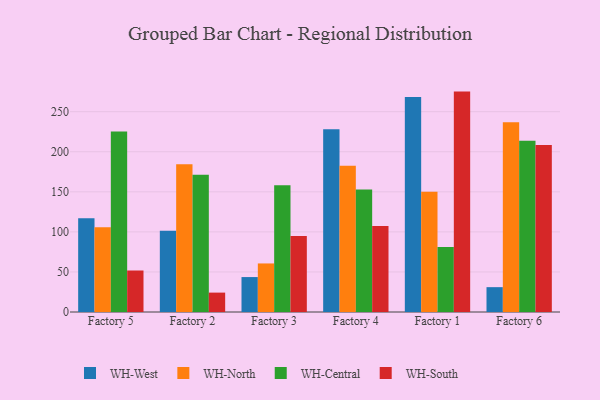
{"axis": {"x": "Factory", "y": "Revenue (USD Million)"}, "legend": ["WH-Central", "WH-North", "WH-South", "WH-West"], "data": [{"x": "Factory 5", "y": 116.9, "type": "WH-West"}, {"x": "Factory 5", "y": 105.7, "type": "WH-North"}, {"x": "Factory 5", "y": 225.4, "type": "WH-Central"}, {"x": "Factory 5", "y": 51.8, "type": "WH-South"}, {"x": "Factory 2", "y": 101.4, "type": "WH-West"}, {"x": "Factory 2", "y": 184.4, "type": "WH-North"}, {"x": "Factory 2", "y": 171.3, "type": "WH-Central"}, {"x": "Factory 2", "y": 24.2, "type": "WH-South"}, {"x": "Factory 3", "y": 43.6, "type": "WH-West"}, {"x": "Factory 3", "y": 60.6, "type": "WH-North"}, {"x": "Factory 3", "y": 158.2, "type": "WH-Central"}, {"x": "Factory 3", "y": 94.8, "type": "WH-South"}, {"x": "Factory 4", "y": 228.2, "type": "WH-West"}, {"x": "Factory 4", "y": 182.4, "type": "WH-North"}, {"x": "Factory 4", "y": 152.8, "type": "WH-Central"}, {"x": "Factory 4", "y": 107.2, "type": "WH-South"}, {"x": "Factory 1", "y": 268.4, "type": "WH-West"}, {"x": "Factory 1", "y": 150.0, "type": "WH-North"}, {"x": "Factory 1", "y": 81.2, "type": "WH-Central"}, {"x": "Factory 1", "y": 275.1, "type": "WH-South"}, {"x": "Factory 6", "y": 31.0, "type": "WH-West"}, {"x": "Factory 6", "y": 236.9, "type": "WH-North"}, {"x": "Factory 6", "y": 213.9, "type": "WH-Central"}, {"x": "Factory 6", "y": 208.5, "type": "WH-South"}]}